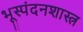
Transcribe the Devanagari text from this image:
भूस्पंदनशास्त्र